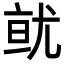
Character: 𭕐